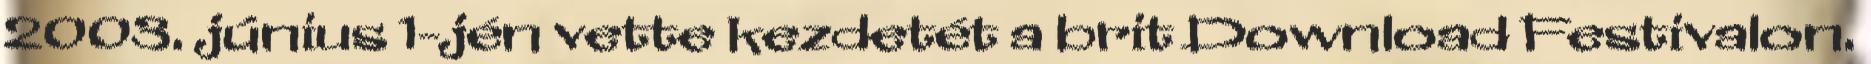
2003. június 1-jén vette kezdetét a brit Download Festivalon.